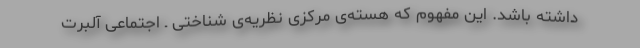
داشته باشد. این مفهوم که هسته‌ی مرکزی نظریه‌ی شناختی ـ اجتماعی آلبرت